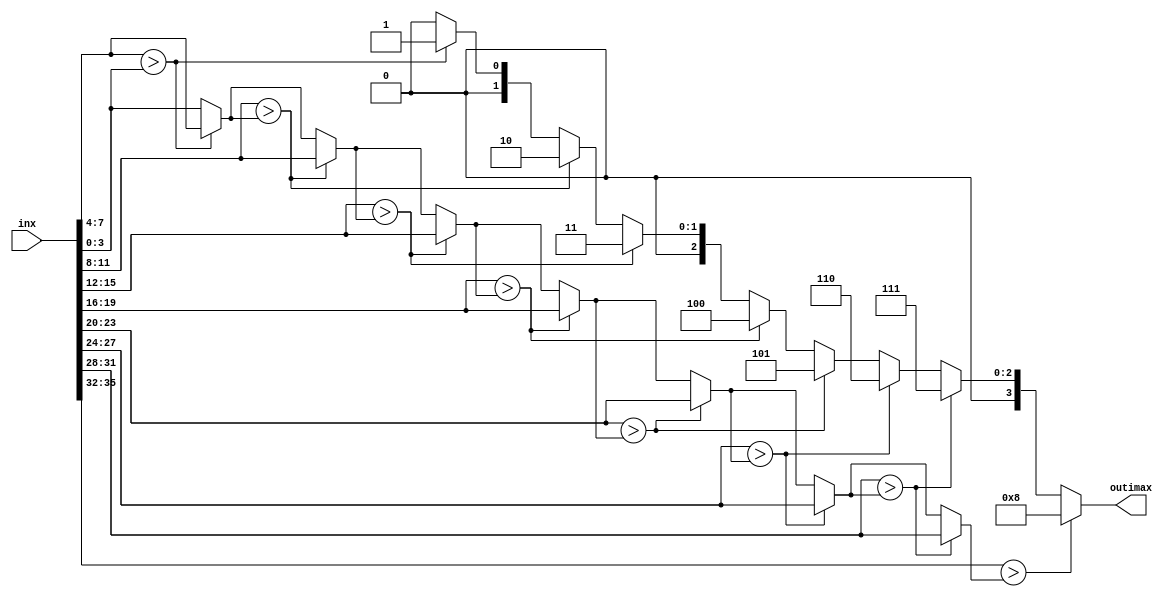
module argmax #(
    parameter SIZE = 9,
    parameter BITS = 4,
    parameter INDEX_BITS = 4
) (
    input [SIZE*BITS-1:0] inx,
    output [INDEX_BITS-1:0] outimax
);

wire [INDEX_BITS-1:0] interm_argmax [SIZE-1:0];
wire [BITS-1:0] interm_max [SIZE-1:0];

assign interm_max[0] = inx[0+:BITS];
assign interm_argmax[0] = 0;

genvar j;
generate
for (j = 1; j < SIZE; j = j + 1) begin : whatss
	wire huge; //Flag that tracks if current sample is largest so far
	assign huge = inx[j*BITS+:BITS] > interm_max[j-1];
	assign interm_max[j] = huge ? inx[j*BITS+:BITS]:interm_max[j-1]; 
	assign interm_argmax[j] = huge ? j:interm_argmax[j-1];
end
endgenerate

assign outimax = interm_argmax[SIZE-1];

endmodule